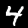
Digit: 4